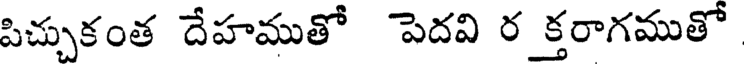
పిచ్చుకంత దేహముతో పెదవి ర క్తరాగముతో